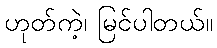
ဟုတ်ကဲ့၊ မြင်ပါတယ်။